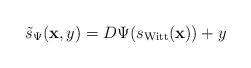
LaTeX: \begin{align*}\tilde{s}_{\Psi}(\mathbf{x},y)=D\Psi(s_{\mathrm{Witt}}(\mathbf{x}))+y \end{align*}